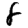
Digit: 8